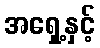
အရှေ့နှင့်